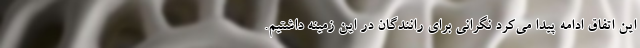
این اتفاق ادامه پیدا می‌کرد نگرانی برای رانندگان در این زمینه داشتیم.